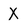
Character: X